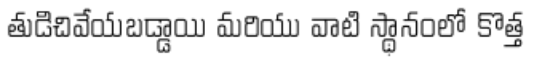
తుడిచివేయబడ్డాయి మరియు వాటి స్థానంలో కొత్త